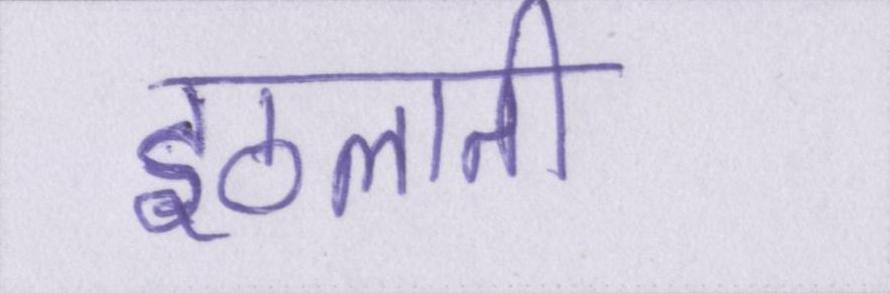
इठलाती